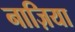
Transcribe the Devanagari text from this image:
नाज़िया